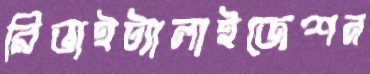
রিভাইট্যালাইজেশন